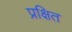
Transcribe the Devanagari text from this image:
प्रक्षित